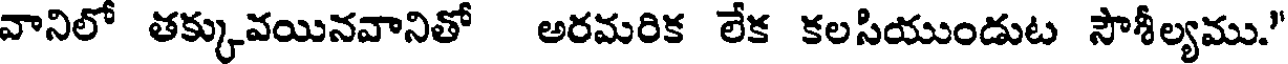
వానిలో తక్కువయినవానితో అరమరిక లేక కలసియుండుట సౌశీల్యము."